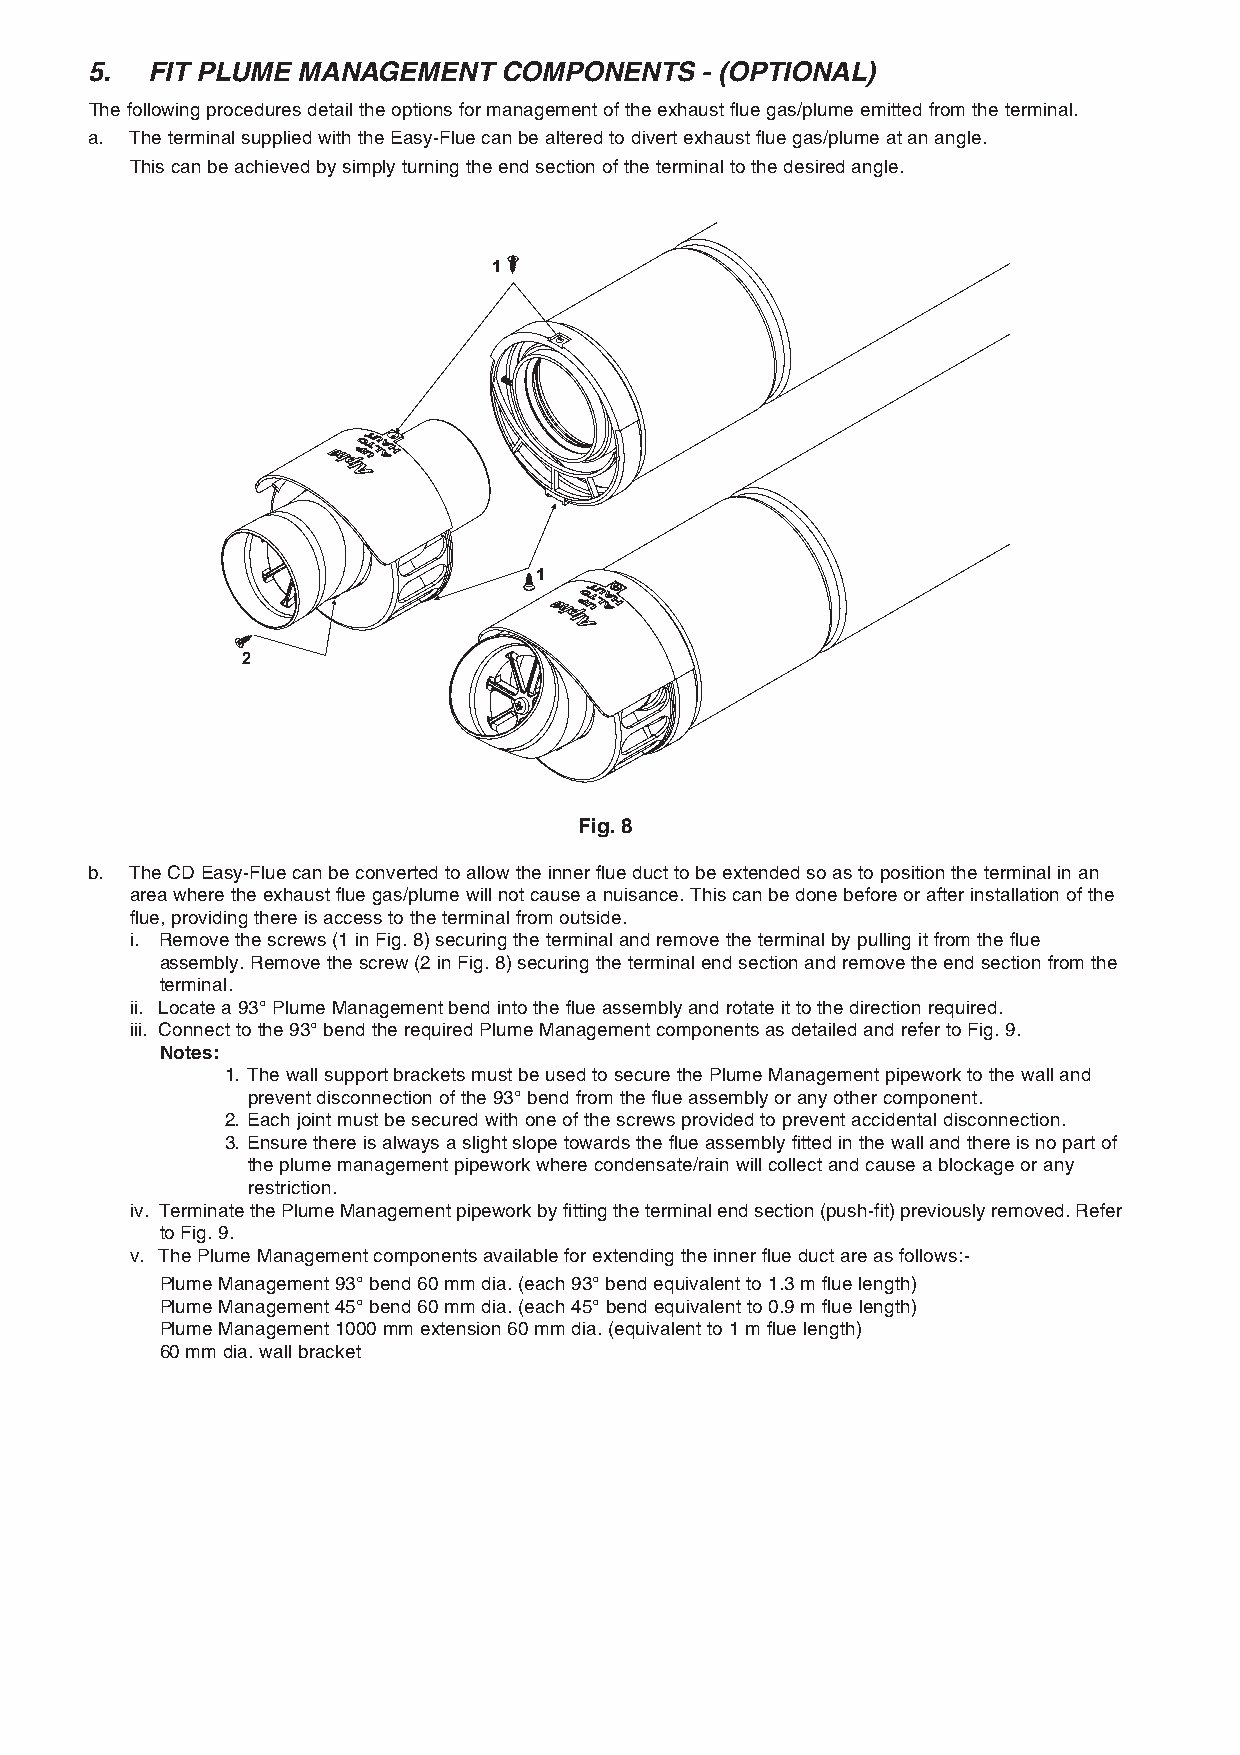
5.  FIT PLUME MANAGEMENT   COMPONENTS   - (OPTIONAL)
 The following procedures detail the options for management of the exhaust flue gas/plume emitted from the terminal.
 a. The terminal supplied with the Easy-Flue can be altered to divert exhaust flue gas/plume at an angle.
 This can be achieved by simply turning the end section of the terminal to the desired angle.
 1
 1
 2
 Fig. 8
 b. The CD Easy-Flue can be converted to allow the inner flue duct to be extended so as to position the terminal in an
 area where the exhaust flue gas/plume will not cause a nuisance. This can be done before or after installation of the
 flue, providing there is access to the terminal from outside.
 i. Remove the screws (1 in Fig. 8) securing the terminal and remove the terminal by pulling it from the flue
 assembly. Remove the screw (2 in Fig. 8) securing the terminal end section and remove the end section from the
 terminal.
 ii. Locate a 93° Plume Management bend into the flue assembly and rotate it to the direction required.
 iii. Connect to the 93° bend the required Plume Management components as detailed and refer to Fig. 9.
 Notes:
 1. The wall support brackets must be used to secure the Plume Management pipework to the wall and
 prevent disconnection of the 93° bend from the flue assembly or any other component.
 2. Each joint must be secured with one of the screws provided to prevent accidental disconnection.
 3. Ensure there is always a slight slope towards the flue assembly fitted in the wall and there is no part of
 the plume management pipework where condensate/rain will collect and cause a blockage or any
 restriction.
 iv. Terminate the Plume Management pipework by fitting the terminal end section (push-fit) previously removed. Refer
 to Fig. 9.
 v. The Plume Management components available for extending the inner flue duct are as follows:-
 Plume Management 93° bend 60 mm dia. (each 93° bend equivalent to 1.3 m flue length)
 Plume Management 45° bend 60 mm dia. (each 45° bend equivalent to 0.9 m flue length)
 Plume Management 1000 mm extension 60 mm dia. (equivalent to 1 m flue length)
 60 mm dia. wall bracket